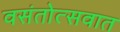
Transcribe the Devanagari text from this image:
वसंतोत्सवात